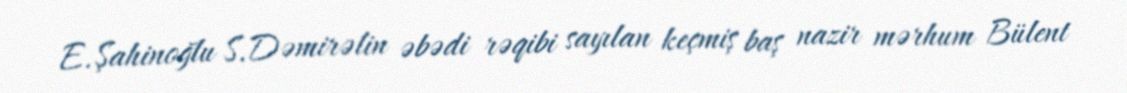
E.Şahinoğlu S.Dəmirəlin əbədi rəqibi sayılan keçmiş baş nazir mərhum Bülent